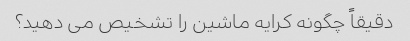
دقیقاً چگونه کرایه ماشین را تشخیص می دهید؟